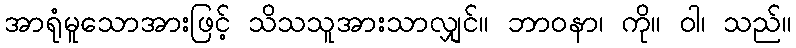
အာရုံမူသောအားဖြင့် သိသသူအားသာလျှင်။ ဘာဝနာ၊ ကို။ ဝါ၊ သည်။